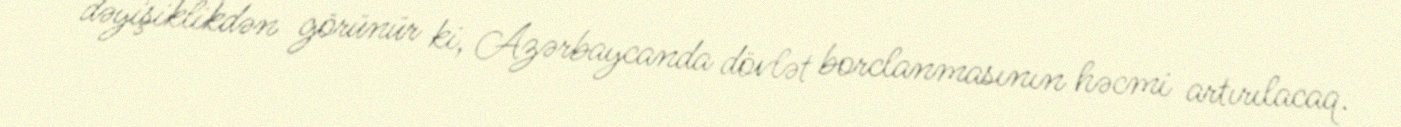
dəyişiklikdən görünür ki, Azərbaycanda dövlət borclanmasının həcmi artırılacaq.